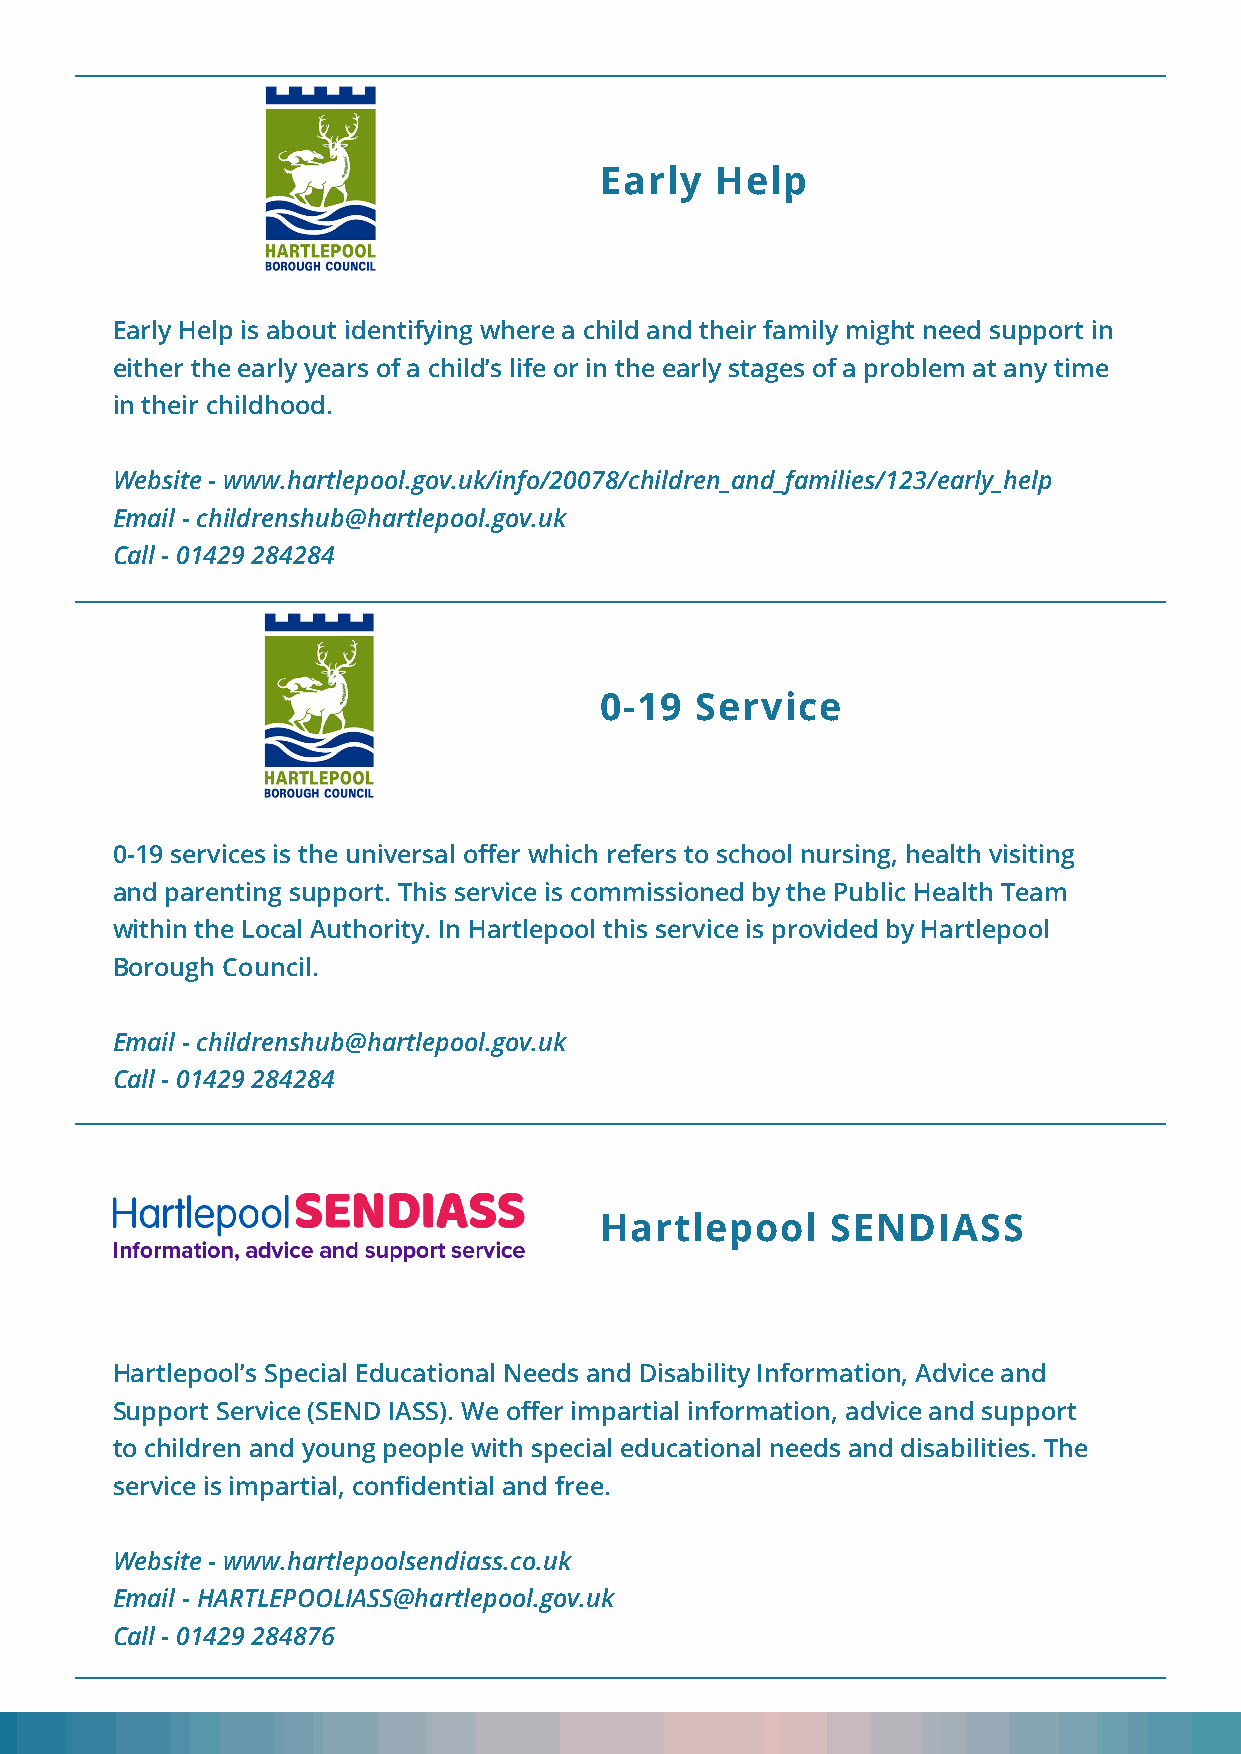
Early  Help
 Early Help is about identifying where a child and their family might need support in
 either the early years of a child’s life or in the early stages of a problem at any time
 in their childhood.
 Website - www.hartlepool.gov.uk/info/20078/children_and_families/123/early_help
 Email - childrenshub@hartlepool.gov.uk
 Call - 01429 284284
 0-19  Service
 0-19 services is the universal offer which refers to school nursing, health visiting
 and parenting support. This service is commissioned by the Public Health Team
 within the Local Authority. In Hartlepool this service is provided by Hartlepool
 Borough Council.
 Email - childrenshub@hartlepool.gov.uk
 Call - 01429 284284
 Hartlepool     SENDIASS
 Hartlepool’s Special Educational Needs and Disability Information, Advice and
 Support Service (SEND IASS). We offer impartial information, advice and support
 to children and young people with special educational needs and disabilities. The
 service is impartial, confidential and free.
 Website - www.hartlepoolsendiass.co.uk
 Email - HARTLEPOOLIASS@hartlepool.gov.uk
 Call - 01429 284876